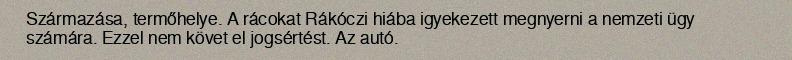
Származása, termőhelye. A rácokat Rákóczi hiába igyekezett megnyerni a nemzeti ügy számára. Ezzel nem követ el jogsértést. Az autó.